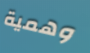
وهمية